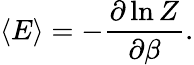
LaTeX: \langle E\rangle=-{\frac{\partial\ln Z}{\partial\beta}}.